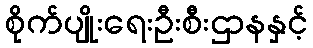
စိုက်ပျိုးရေးဦးစီးဌာနနှင့်